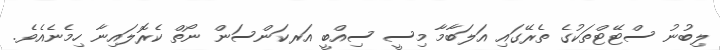
ލިބުނު ސްޓޭޓްތަކުގެ ތެރޭގައި އަލަބާމާ މިސީ ސިއްބީ އަރކަންސަން ނޯތް ކެރޮލައިނާ ހިމެނެއެވެ.